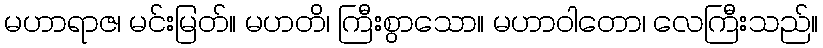
မဟာရာဇ၊ မင်းမြတ်။ မဟတိ၊ ကြီးစွာသော။ မဟာဝါတော၊ လေကြီးသည်။